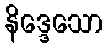
နိဒ္ဒေသော